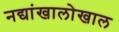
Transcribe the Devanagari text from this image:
नद्यांखालोखाल